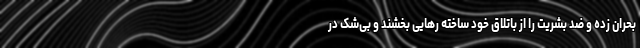
بحران زده و ضد بشریت را از باتلاق خود ساخته رهایی بخشند و بی‌شک در